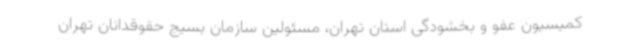
کمیسیون عفو و بخشودگی استان تهران، مسئولین سازمان بسیج حقوقدانان تهران